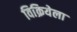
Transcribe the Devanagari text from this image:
विक्रियेला